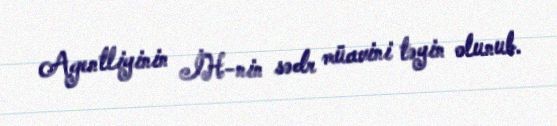
Agentliyinin İH-nin sədr müavini təyin olunub.